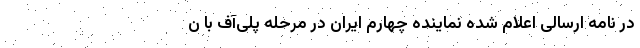
در نامه ارسالی اعلام شده نماینده چهارم ایران در مرحله پلی‌آف با ن